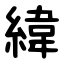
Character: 緯